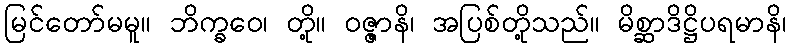
မြင်တော်မမူ။ ဘိက္ခဝေ၊ တို့။ ဝဇ္ဇာနိ၊ အပြစ်တို့သည်။ မိစ္ဆာဒိဋ္ဌိပရမာနိ၊